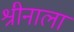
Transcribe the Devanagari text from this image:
श्रीनाला